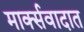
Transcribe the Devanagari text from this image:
मार्क्सवादात